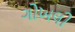
ગોખલી